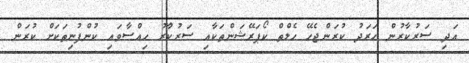
އަދި ސަރުކާރުން ހަރަދު ކުރަންޖެހޭ ހެލްތް ކޯޕަރޭޝަންތަކާއި ސަރުކުާރު ހިއްސާވައި ކުންފުނިތަކަށް ކުރަން